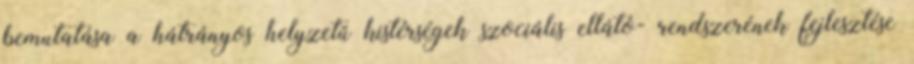
bemutatása a hátrányos helyzetű kistérségek szociális ellátó- rendszerének fejlesztése